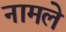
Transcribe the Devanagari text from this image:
नामले